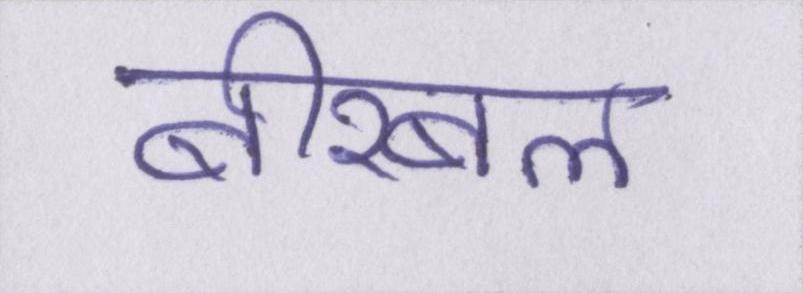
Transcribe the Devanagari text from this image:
बीरबल